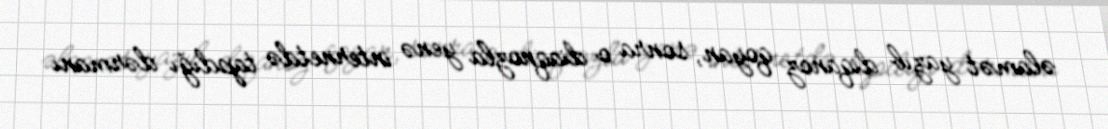
əlamət yazıb diqanoz qoyan, sonra o diaqnozla yenə internetdə tapdığı dərmanı